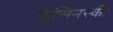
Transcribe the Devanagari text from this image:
क्रैसिनस्की